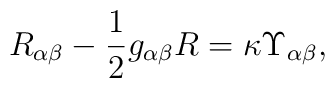
R_{\alpha \beta }-\frac{1}{2}g_{\alpha \beta }R=\kappa \Upsilon _{\alpha\beta },